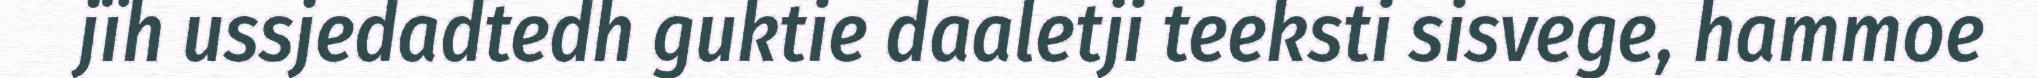
jïh ussjedadtedh guktie daaletji teeksti sisvege, hammoe